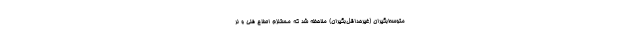
متوسط‌بگیران (غیرحداقل‌بگیران) ملاحظه شد که مستلزم اصلاح فنی و نر